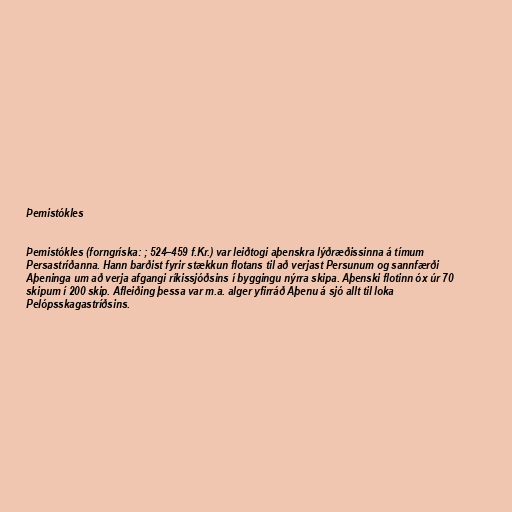
Þemistókles

Þemistókles (forngríska: ; 524–459 f.Kr.) var leiðtogi aþenskra lýðræðissinna á tímum
Persastríðanna. Hann barðist fyrir stækkun flotans til að verjast Persunum og sannfærði
Aþeninga um að verja afgangi ríkissjóðsins í byggingu nýrra skipa. Aþenski flotinn óx úr 70
skipum í 200 skip. Afleiðing þessa var m.a. alger yfirráð Aþenu á sjó allt til loka
Pelópsskagastríðsins.